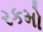
રકમો